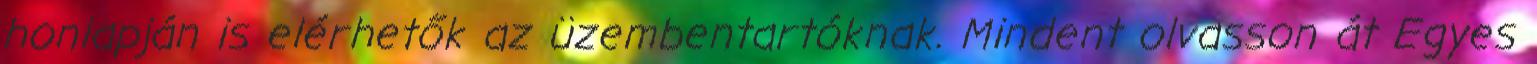
honlapján is elérhetők az üzembentartóknak. Mindent olvasson át Egyes